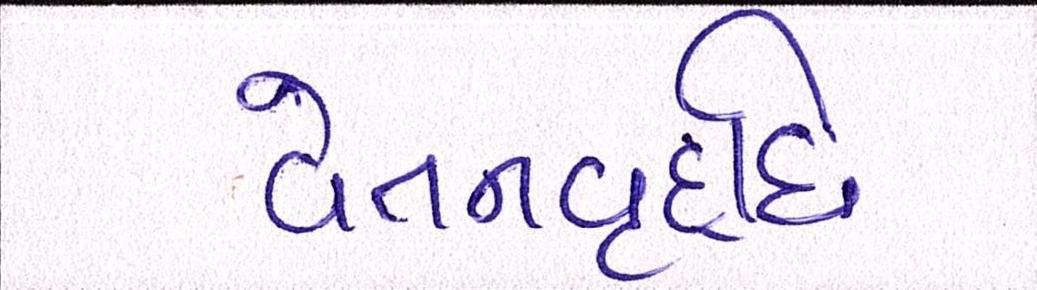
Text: વેતનવૃદ્ધિ